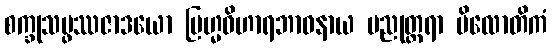
စက္ခုသမ္ဖဿဇာဒယော ဗြဟ္မဝိဟာရဘာဝနာယ ပညုတ္တရာ ပိလောတိကံ